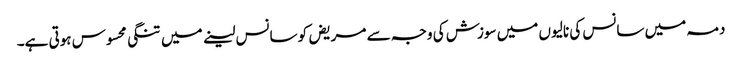
دمہ میں سانس کی نالیوں میں سوزش کی وجہ سے مریض کو سانس لینے میں تنگی محسوس ہوتی ہے۔